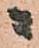
ニ